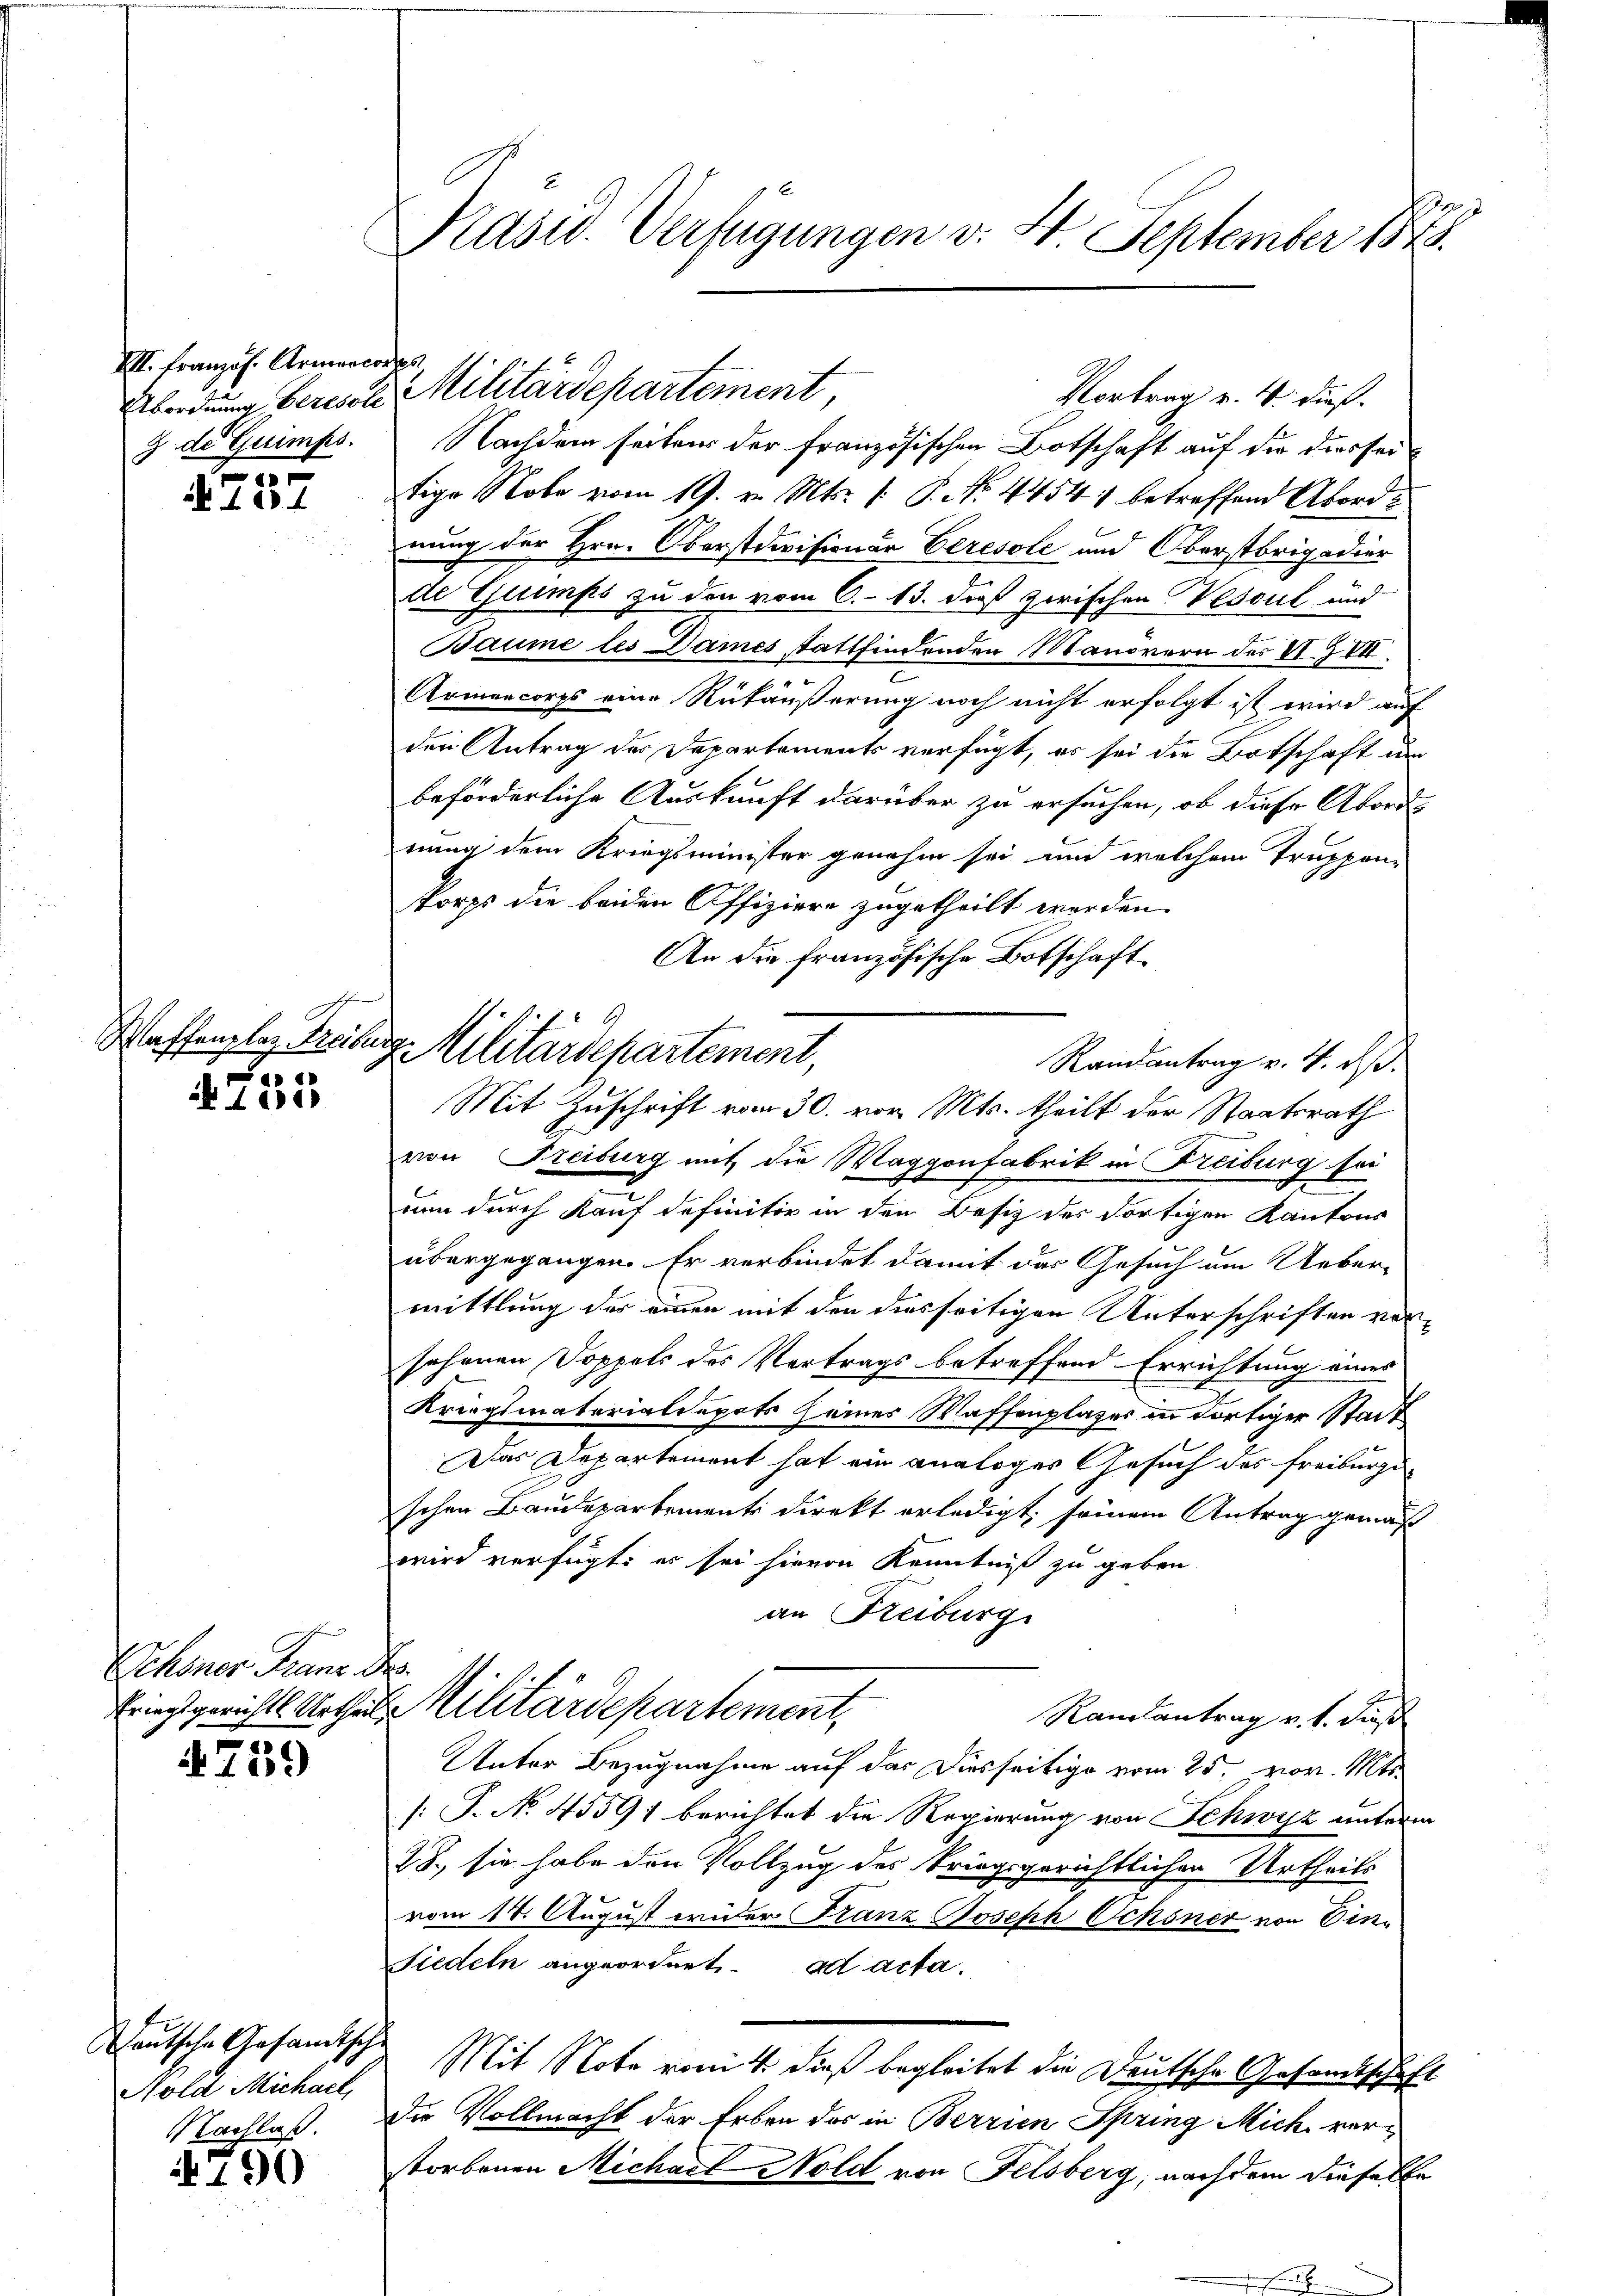
VII. Französ. Armencorps.
9 de Guimps.

A757

Waffenplaz Treibur

A 105

Schöner Franz
Kriegsgerichts Urtheil
2

1509)

Deutsche Gesandtsch
Nold Michael
Nachlaß.

4790

n
Präsid. Verfügungen v. 4. September 1873.

Vortrag v. 4. dieß.
Nachdem seitens der französischen Botschaft auf die diesseitige Note vom 19. v. Mts. f. P. Nr. 4454) betreffend Abord
nung der Hrn. Oberstdivisionär Ceresole und Oberstorigadier
de Guips zu den vom 6. 13. daß zwischen Vessul und
Baume les Dames stattfindenden Manorern der VI Z VII.
e
Armencorps eine Rükäußerung noch nicht erfolgt ist wird auf
den Antrag der Departements verfügt, er sei die Botschaft in
beförderliche Auskunft darüber zu ersuchen, ob diese Abord-
nung dem Kriegsminister genehm sei und welchem Truppen-
korps der beiden Offiziere zugetheilt worden.
An die französische Botschaft
Randantrag v. 4. ds.
Mit Zuschrift vom 30. vor. Mts. theilt der Staatsrath
von Freiburg mit die Waggonfabrik in Freiburg sei
2
nen durch Kauf definitiv in den Besitz des dortigen Kantons
übergegangen. Er verbindet damit das Gesuch um Ueber-
mittlung der einen mit den diesseitigen Unterschriften vor
sehenen Doppels des Vertrags betreffend Errichtung eines
Kriegsmaterialdepots seines Waffenplazer in dortiger Stadt
Das Departement hat ein analoges Gesuch des Freiburge
schen Baudepartements Direkt erledigt seinem Antrag gemäß
wird verfügt: er sei hievon Kenntniß zu geben.
an Reiburg
h
Militärdepartement,
Raulantrag v. 1. dieß
Unter Bezugnahme auf das Diesseitige vom 25. vor. Mts.
[: P. No. 4559 berichtet die Regierung von Schwyz unterm
28., sie habe den Vollzug des kriegsgerichtlichen Urtheils
vom 14. August wider Franz Joseph Ochsner von Ein¬
Fiedeln angeordnet. ad acta.
 Mit Note romit dieß begleitet die Deutsche Gesamtschaf
Die Vollmacht der Erben des in Berrien Spring Mich verstorbenen Michael Nold von Felsberg, nachdem diese En

Überdung berische Militärdepartement,

dg. Militärdepartement,